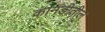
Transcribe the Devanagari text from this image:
कानडीतील